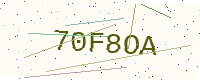
Text: 70F8OA